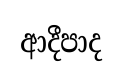
ආදීපාද